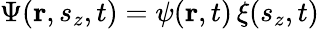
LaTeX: \Psi(\mathbf{r},s_{z},t)=\psi(\mathbf{r},t)\, \xi(s_{z},t)